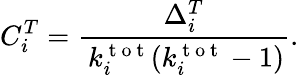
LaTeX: C_{i}^{T}=\frac{\Delta_{i}^{T}}{\, k_{i}^{\mathrm{~t~o~t~}}(k_{i}^{\mathrm{~t~o~t~}}-1)}.